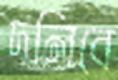
দলিবে